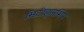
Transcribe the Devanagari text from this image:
सिटीझनशिप